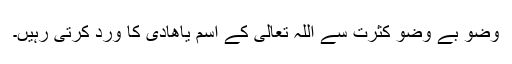
وضو بے وضو کثرت سے اللہ تعالیٰ کے اسم یاھادی کا ورد کرتی رہیں۔